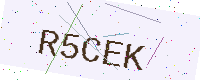
Text: R5CEK